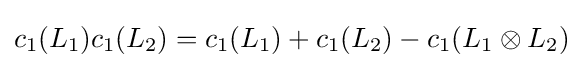
c_{1}(L_{1})c_{1}(L_{2})=c_{1}(L_{1})+c_{1}(L_{2})-c_{1}(L_{1}\otimes L_{2})